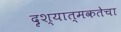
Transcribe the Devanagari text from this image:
दृश्यात्मकतेचा